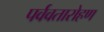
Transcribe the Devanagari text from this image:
पर्ववतारोहण